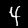
Label: 4